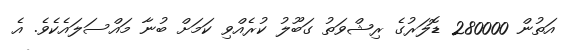
އަތުން 280000 ޑޮލަރުގެ ރިޝްވަތު ގަބޫލު ކުރެއްވި ކަމަށް ބުނާ މައްސަލައެކެވެ. އެ